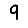
Digit: 9